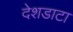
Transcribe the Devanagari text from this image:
देशडाटा